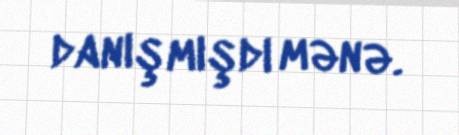
danışmışdı mənə.